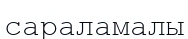
сараламалы